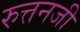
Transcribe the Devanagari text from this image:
रुत्तनजी